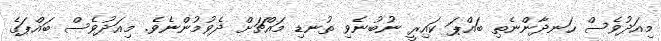
މިއަދުވެސް ހަނދާންނެތި ބައްޕަ ކައިރީ ނުބުނެވި ތުނޑި މައްޗަށް ދެވުމުންނެވެ. މިއަދުވެސް ބައްޕަގެ